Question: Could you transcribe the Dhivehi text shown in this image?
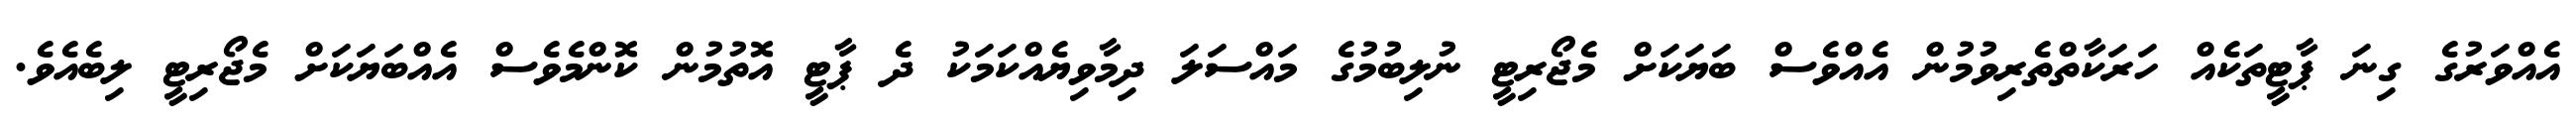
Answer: އެއްވަރުގެ ގިނަ ޕާޓީތަކެއް ހަރަކާތްތެރިވުމުން އެއްވެސް ބަޔަކަށް މެޖޯރިޓީ ނުލިބުމުގެ މައްސަލަ ދިމާވިޔެއްކަމަކު ދެ ޕާޓީ އޮތުމުން ކޮންމެވެސް އެއްބަޔަކަށް މެޖޯރިޓީ ލިބެއެވެ.